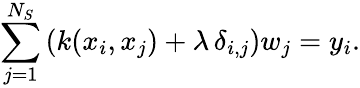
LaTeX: \sum_{j=1}^{N_{S}}\left(k(x_{i},x_{j})+\lambda\, \delta_{i,j}\right)w_{j}=y_{i}.